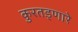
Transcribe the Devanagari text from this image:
कुरतड्णारे